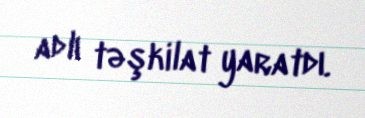
adlı təşkilat yaratdı.